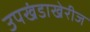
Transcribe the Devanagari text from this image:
उपखंडाखेरीज